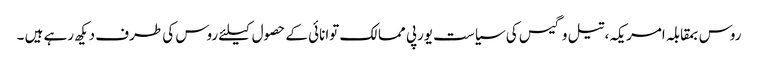
روس بمقابلہ امریکہ، تیل و گیس کی سیاست یورپی ممالک توانائی کے حصول کیلئے روس کی طرف دیکھ رہے ہیں ۔